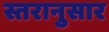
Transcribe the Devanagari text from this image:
स्तरानुसार